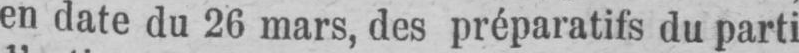
en date du 26 mars, des préparatifs du parti